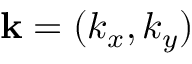
{ \bf k } = ( k _ { x } , k _ { y } )